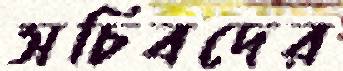
সচিবদের